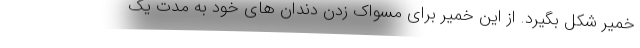
خمیر شکل بگیرد. از این خمیر برای مسواک زدن دندان های خود به مدت یک